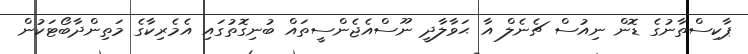
ޕާކިސްތާނުގެ ޑޮން ނިއުސް ޗެނެލް އާ ޙަވާލާދީ ނޫސްއެޖެންސީތައް ބުނިގޮތުގައި އެމެރިކާގެ މަތިންދާބޯޓަކުން